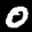
Label: 0